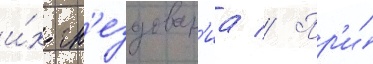
и́х гн'ездован'иа // Пр'и́